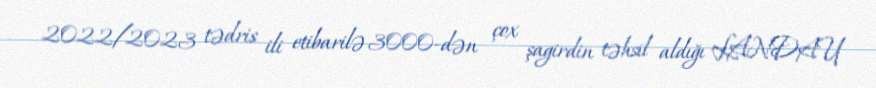
2022/2023 tədris ili etibarilə 3000-dən çox şagirdin təhsil aldığı LANDAU